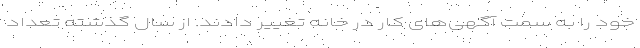
خود را به سمت آگهی‌های کار در خانه تغییر دادند. از سال گذشته تعداد